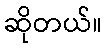
ဆိုတယ်။